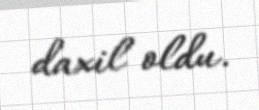
daxil oldu.